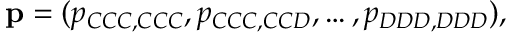
\mathbf { p } = ( p _ { C C C , C C C } , p _ { C C C , C C D } , \dots , p _ { D D D , D D D } ) ,